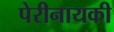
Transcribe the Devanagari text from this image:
पेरीनायकी